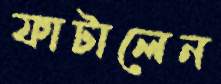
ফাটালেন